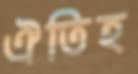
ঐতিহ